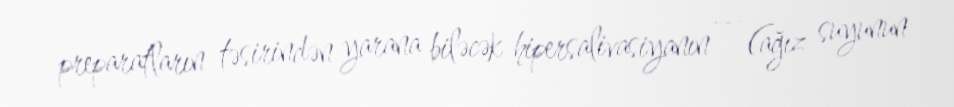
preparatların təsirindən yarana biləcək hipersalivasiyanın — (ağız suyunun